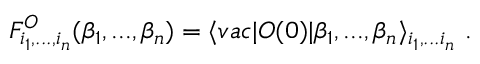
F _ { i _ { 1 } , . . . , i _ { n } } ^ { \cal O } ( \beta _ { 1 } , . . . , \beta _ { n } ) = \langle v a c \vert { \cal O } ( 0 ) \vert \beta _ { 1 } , . . . , \beta _ { n } \rangle _ { i _ { 1 } , . . . i _ { n } } \ .